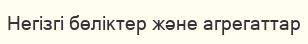
Негізгі бөліктер және агрегаттар